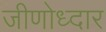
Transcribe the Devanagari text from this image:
जीणोध्दार